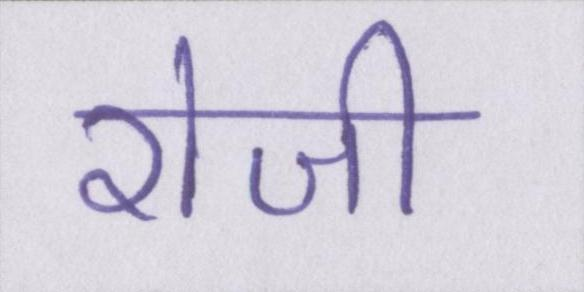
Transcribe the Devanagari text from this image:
रोजी